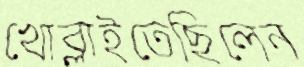
খোব্‌লাইতেছিলেন